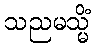
သညမသ္မိံ